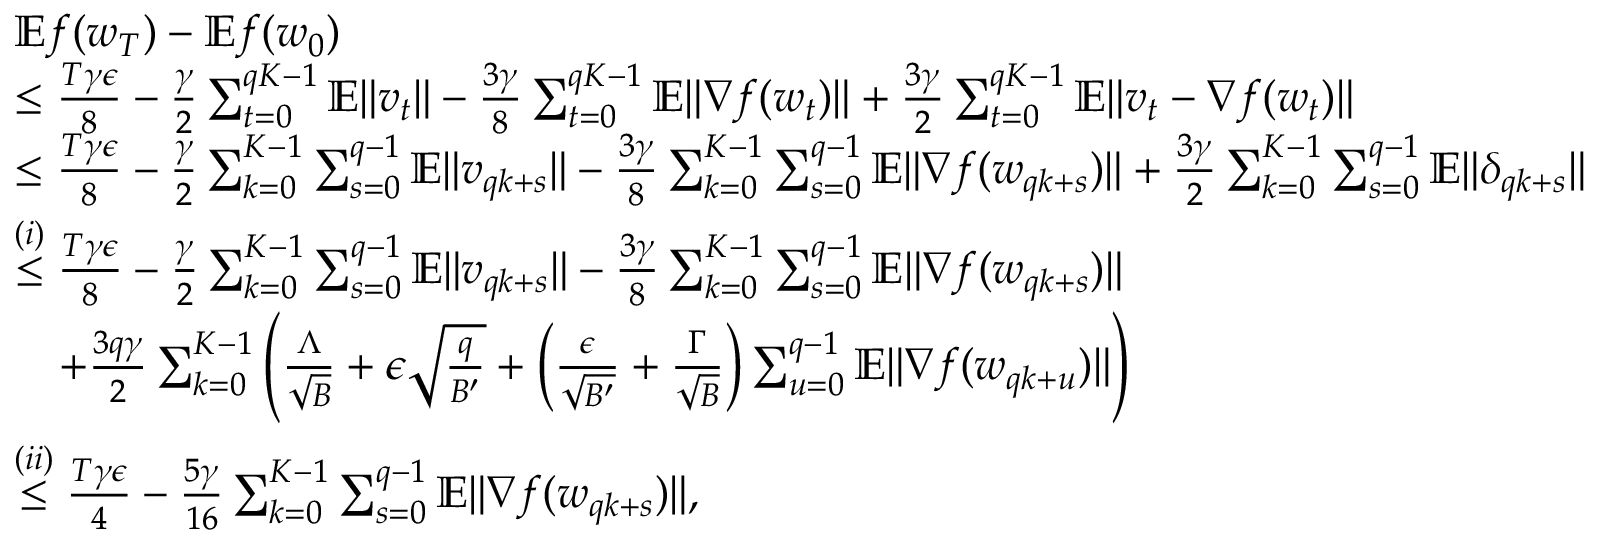
\begin{array} { r l } & { \mathbb { E } f ( w _ { T } ) - \mathbb { E } f ( w _ { 0 } ) } \\ & { \le \frac { T \gamma \epsilon } { 8 } - \frac { \gamma } { 2 } \sum _ { t = 0 } ^ { q K - 1 } \mathbb { E } \| v _ { t } \| - \frac { 3 \gamma } { 8 } \sum _ { t = 0 } ^ { q K - 1 } \mathbb { E } \| \nabla f ( w _ { t } ) \| + \frac { 3 \gamma } { 2 } \sum _ { t = 0 } ^ { q K - 1 } \mathbb { E } \| v _ { t } - \nabla f ( w _ { t } ) \| } \\ & { \le \frac { T \gamma \epsilon } { 8 } - \frac { \gamma } { 2 } \sum _ { k = 0 } ^ { K - 1 } \sum _ { s = 0 } ^ { q - 1 } \mathbb { E } \| v _ { q k + s } \| - \frac { 3 \gamma } { 8 } \sum _ { k = 0 } ^ { K - 1 } \sum _ { s = 0 } ^ { q - 1 } \mathbb { E } \| \nabla f ( w _ { q k + s } ) \| + \frac { 3 \gamma } { 2 } \sum _ { k = 0 } ^ { K - 1 } \sum _ { s = 0 } ^ { q - 1 } \mathbb { E } \| \delta _ { q k + s } \| } \\ & { \overset { ( i ) } { \le } \frac { T \gamma \epsilon } { 8 } - \frac { \gamma } { 2 } \sum _ { k = 0 } ^ { K - 1 } \sum _ { s = 0 } ^ { q - 1 } \mathbb { E } \| v _ { q k + s } \| - \frac { 3 \gamma } { 8 } \sum _ { k = 0 } ^ { K - 1 } \sum _ { s = 0 } ^ { q - 1 } \mathbb { E } \| \nabla f ( w _ { q k + s } ) \| } \\ & { \quad + \frac { 3 q \gamma } { 2 } \sum _ { k = 0 } ^ { K - 1 } \Bigg ( \frac { \Lambda } { \sqrt { B } } + \epsilon \sqrt { \frac { q } { B ^ { \prime } } } + \Big ( \frac { \epsilon } { \sqrt { B ^ { \prime } } } + \frac { \Gamma } { \sqrt { B } } \Big ) \sum _ { u = 0 } ^ { q - 1 } \mathbb { E } \| \nabla f ( w _ { q k + u } ) \| \Bigg ) } \\ & { \overset { ( i i ) } { \le } \frac { T \gamma \epsilon } { 4 } - \frac { 5 \gamma } { 1 6 } \sum _ { k = 0 } ^ { K - 1 } \sum _ { s = 0 } ^ { q - 1 } \mathbb { E } \| \nabla f ( w _ { q k + s } ) \| , } \end{array}